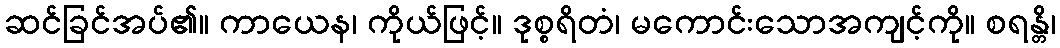
ဆင်ခြင်အပ်၏။ ကာယေန၊ ကိုယ်ဖြင့်။ ဒုစ္စရိတံ၊ မကောင်းသောအကျင့်ကို။ စရန္တိ၊